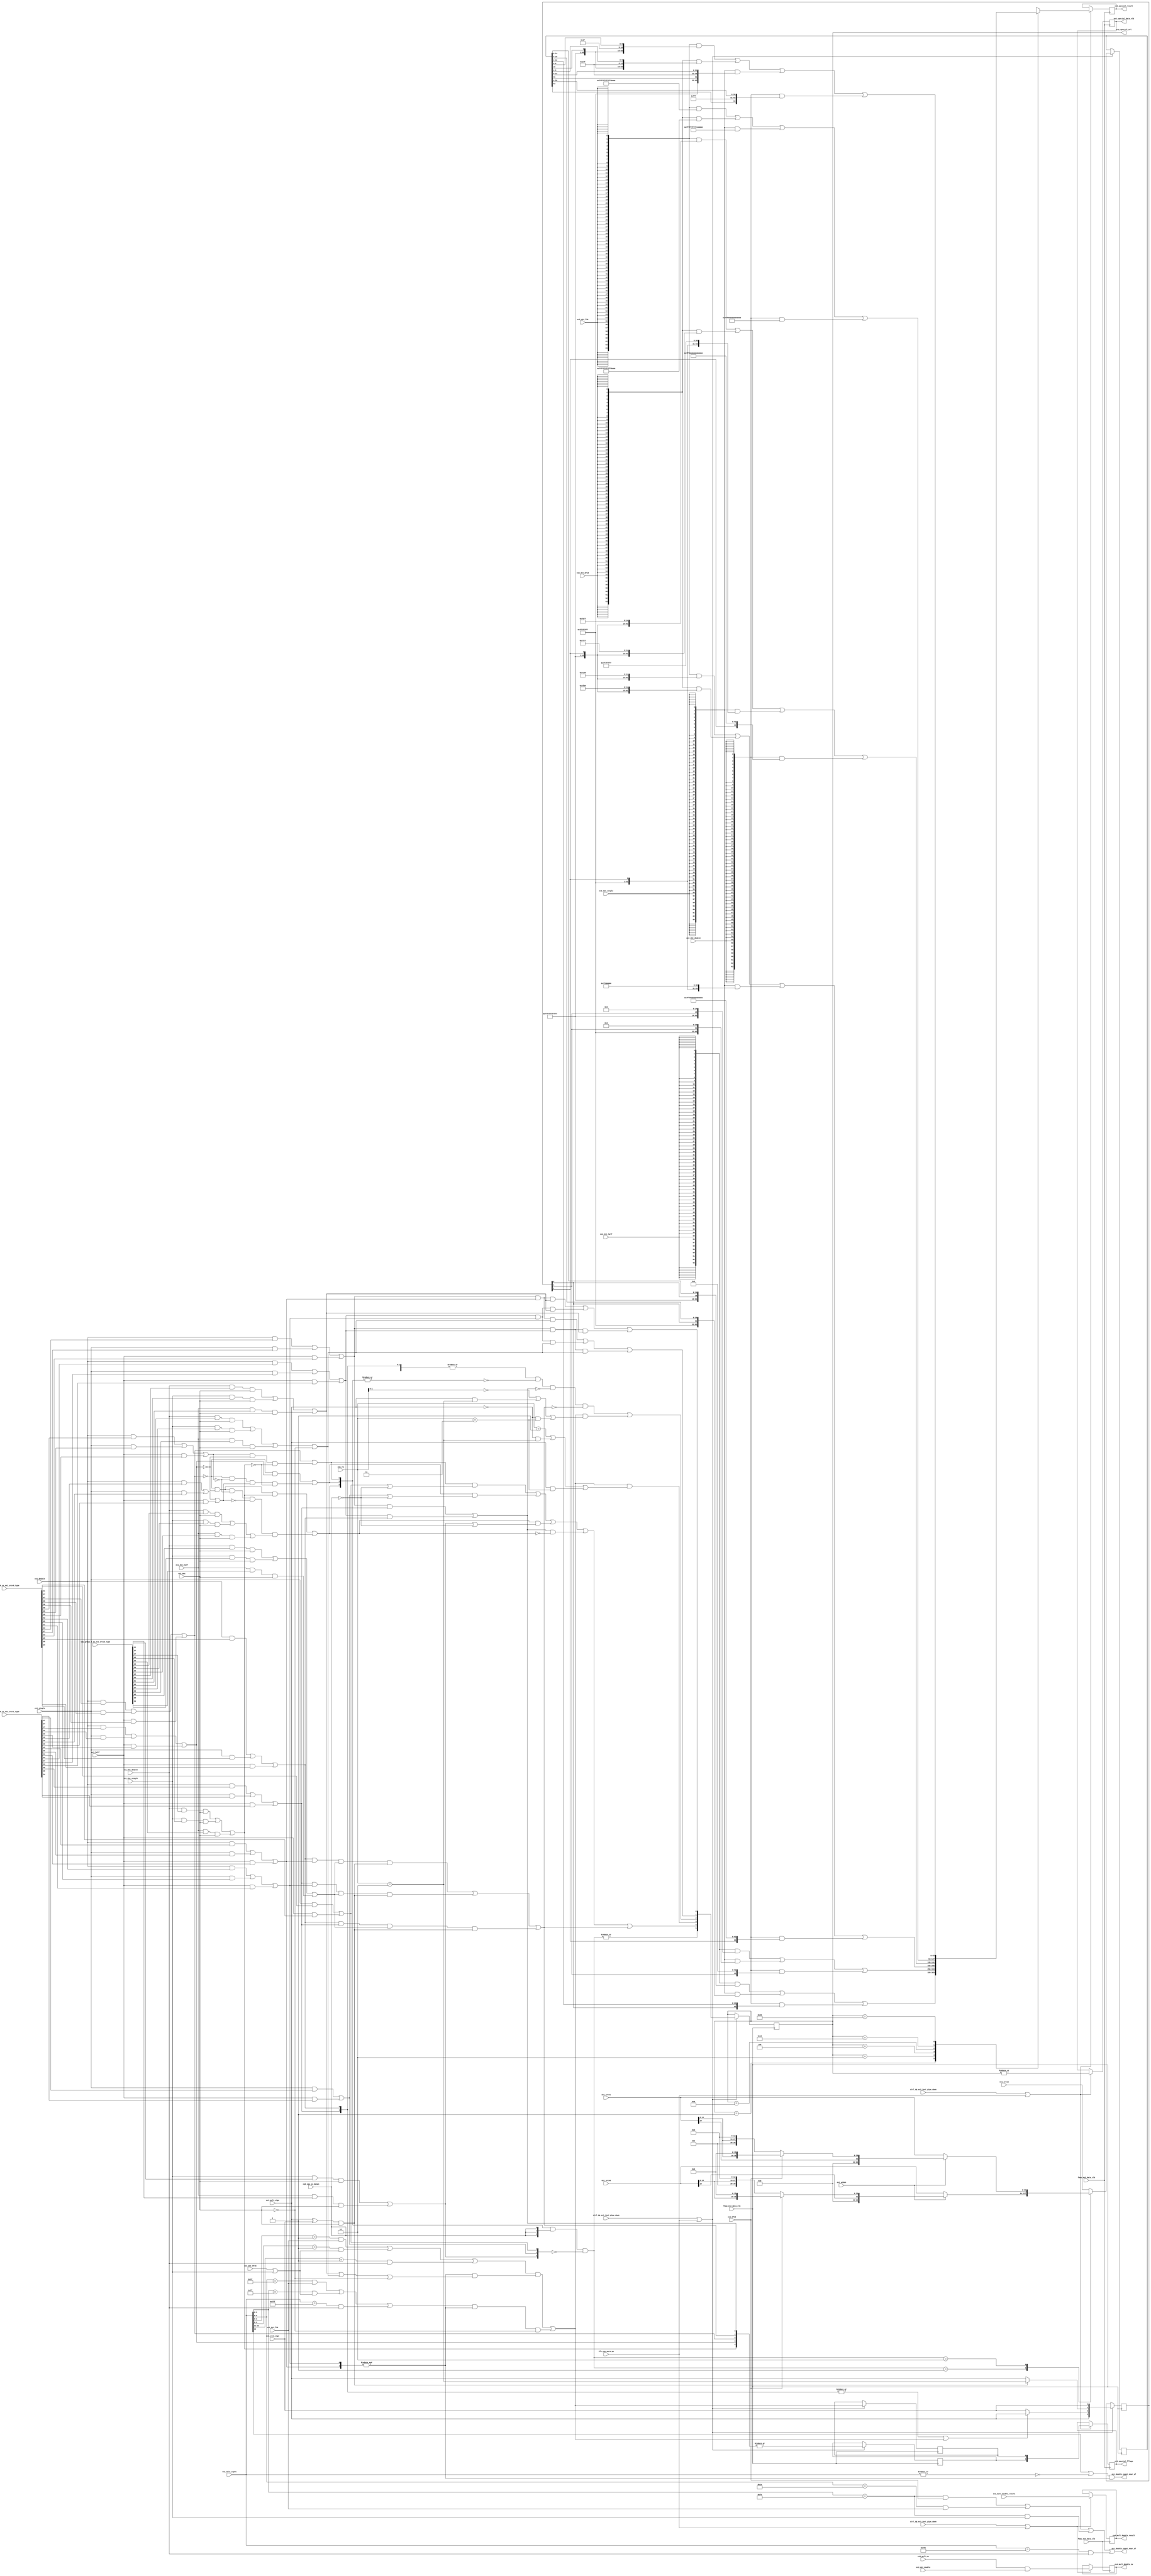
/*Copyright 2020-2021 T-Head Semiconductor Co., Ltd.

Licensed under the Apache License, Version 2.0 (the "License");
you may not use this file except in compliance with the License.
You may obtain a copy of the License at

    http://www.apache.org/licenses/LICENSE-2.0

Unless required by applicable law or agreed to in writing, software
distributed under the License is distributed on an "AS IS" BASIS,
WITHOUT WARRANTIES OR CONDITIONS OF ANY KIND, either express or implied.
See the License for the specific language governing permissions and
limitations under the License.
*/
module aq_vfmau_special_judge_double(
  cp0_vpu_xx_dqnan,
  ctrl_dp_ex1_inst_pipe_down,
  ctrl_dp_ex2_inst_pipe_down,
  ctrl_dp_ex3_inst_pipe_down,
  ex1_bf16,
  ex1_double,
  ex1_double_expnt_near_of,
  ex1_double_expnt_near_uf,
  ex1_dst_bf16,
  ex1_dst_double,
  ex1_dst_f16,
  ex1_dst_half,
  ex1_dst_single,
  ex1_half,
  ex1_mac,
  ex1_mult_expnt,
  ex1_mult_sign,
  ex1_rm,
  ex1_single,
  ex1_src2_sign,
  ex1_srcv0,
  ex1_srcv1,
  ex1_srcv2,
  ex1_widen,
  ex2_dst_bf16,
  ex2_dst_double,
  ex2_dst_f16,
  ex2_dst_half,
  ex2_dst_single,
  ex2_special_sel,
  ex3_dst_double,
  ex3_mult_double_result,
  ex3_mult_nx,
  ex3_special_data_vld,
  ex3_special_fflags,
  ex3_special_result,
  ex4_mult_double_nx,
  ex4_mult_double_result,
  fmau_ex2_data_clk,
  fmau_ex3_data_clk,
  fmau_ex4_data_clk,
  ifu_vpu_warm_up,
  vpu_group_0_xx_ex1_srcv0_type,
  vpu_group_0_xx_ex1_srcv1_type,
  vpu_group_0_xx_ex1_srcv2_type
);

// &Ports; @28
input           cp0_vpu_xx_dqnan;             
input           ctrl_dp_ex1_inst_pipe_down;   
input           ctrl_dp_ex2_inst_pipe_down;   
input           ctrl_dp_ex3_inst_pipe_down;   
input           ex1_bf16;                     
input           ex1_double;                   
input           ex1_dst_bf16;                 
input           ex1_dst_double;               
input           ex1_dst_f16;                  
input           ex1_dst_half;                 
input           ex1_dst_single;               
input           ex1_half;                     
input           ex1_mac;                      
input   [12:0]  ex1_mult_expnt;               
input           ex1_mult_sign;                
input   [2 :0]  ex1_rm;                       
input           ex1_single;                   
input           ex1_src2_sign;                
input   [63:0]  ex1_srcv0;                    
input   [63:0]  ex1_srcv1;                    
input   [63:0]  ex1_srcv2;                    
input           ex1_widen;                    
input           ex2_dst_bf16;                 
input           ex2_dst_double;               
input           ex2_dst_f16;                  
input           ex2_dst_half;                 
input           ex2_dst_single;               
input           ex3_dst_double;               
input   [63:0]  ex3_mult_double_result;       
input           ex3_mult_nx;                  
input           fmau_ex2_data_clk;            
input           fmau_ex3_data_clk;            
input           fmau_ex4_data_clk;            
input           ifu_vpu_warm_up;              
input   [47:0]  vpu_group_0_xx_ex1_srcv0_type; 
input   [47:0]  vpu_group_0_xx_ex1_srcv1_type; 
input   [47:0]  vpu_group_0_xx_ex1_srcv2_type; 
output          ex1_double_expnt_near_of;     
output          ex1_double_expnt_near_uf;     
output  [5 :0]  ex2_special_sel;              
output          ex3_special_data_vld;         
output  [1 :0]  ex3_special_fflags;           
output  [63:0]  ex3_special_result;           
output          ex4_mult_double_nx;           
output  [63:0]  ex4_mult_double_result;       

// &Regs; @29
reg     [63:0]  ex1_special_data;             
reg             ex2_fmau_nv;                  
reg             ex2_fmau_of;                  
reg     [63:0]  ex2_special_data;             
reg     [63:0]  ex2_special_result;           
reg     [5 :0]  ex2_special_sel;              
reg     [3 :0]  ex2_special_sign;             
reg             ex3_special_data_vld;         
reg     [1 :0]  ex3_special_fflags;           
reg     [63:0]  ex3_special_result;           
reg             ex4_mult_double_nx;           
reg     [63:0]  ex4_mult_double_result;       

// &Wires; @30
wire            cp0_vpu_xx_dqnan;             
wire            ctrl_dp_ex1_inst_pipe_down;   
wire            ctrl_dp_ex2_inst_pipe_down;   
wire            ctrl_dp_ex3_inst_pipe_down;   
wire            ex1_bf16;                     
wire    [2 :0]  ex1_cnan;                     
wire            ex1_double;                   
wire            ex1_double_expnt_near_of;     
wire            ex1_double_expnt_near_uf;     
wire            ex1_dst_bf16;                 
wire            ex1_dst_double;               
wire            ex1_dst_f16;                  
wire            ex1_dst_half;                 
wire            ex1_dst_single;               
wire            ex1_expnt_11bit;              
wire            ex1_expnt_11bit_of0;          
wire            ex1_expnt_11bit_of1;          
wire            ex1_expnt_5bit;               
wire            ex1_expnt_5bit_of0;           
wire            ex1_expnt_5bit_of1;           
wire            ex1_expnt_8bit;               
wire            ex1_expnt_8bit_of0;           
wire            ex1_expnt_8bit_of1;           
wire            ex1_fmau_inf_sign;            
wire            ex1_fmau_lfn_sign;            
wire            ex1_fmau_nv;                  
wire            ex1_fmau_of;                  
wire            ex1_fmau_result_cnan;         
wire            ex1_fmau_result_inf;          
wire            ex1_fmau_result_lfn;          
wire    [2 :0]  ex1_fmau_result_qnan;         
wire            ex1_fmau_result_src2;         
wire            ex1_fmau_result_zero;         
wire            ex1_fmau_src2_sign;           
wire            ex1_fmau_zero_sign;           
wire            ex1_half;                     
wire    [2 :0]  ex1_inf;                      
wire            ex1_mac;                      
wire    [12:0]  ex1_mult_expnt;               
wire            ex1_mult_sign;                
wire    [2 :0]  ex1_norm;                     
wire    [2 :0]  ex1_nv;                       
wire    [2 :0]  ex1_qnan;                     
wire    [2 :0]  ex1_result_qnan;              
wire            ex1_result_zero;              
wire    [2 :0]  ex1_rm;                       
wire            ex1_single;                   
wire            ex1_single0;                  
wire            ex1_single1;                  
wire    [2 :0]  ex1_snan;                     
wire    [5 :0]  ex1_special_sel;              
wire    [3 :0]  ex1_special_sign;             
wire            ex1_src2_sign;                
wire    [63:0]  ex1_srcv0;                    
wire    [47:0]  ex1_srcv0_type;               
wire    [63:0]  ex1_srcv1;                    
wire    [47:0]  ex1_srcv1_type;               
wire    [63:0]  ex1_srcv2;                    
wire    [47:0]  ex1_srcv2_type;               
wire            ex1_sub_vld;                  
wire            ex1_widen;                    
wire    [63:0]  ex1_widen_srcv0;              
wire    [63:0]  ex1_widen_srcv1;              
wire    [2 :0]  ex1_zero;                     
wire            ex2_dst_bf16;                 
wire            ex2_dst_double;               
wire            ex2_dst_f16;                  
wire            ex2_dst_half;                 
wire            ex2_dst_single;               
wire            ex2_special_data_vld;         
wire            ex3_dst_double;               
wire    [63:0]  ex3_mult_double_result;       
wire            ex3_mult_nx;                  
wire            fmau_ex2_data_clk;            
wire            fmau_ex3_data_clk;            
wire            fmau_ex4_data_clk;            
wire            ifu_vpu_warm_up;              
wire    [47:0]  vpu_group_0_xx_ex1_srcv0_type; 
wire    [47:0]  vpu_group_0_xx_ex1_srcv1_type; 
wire    [47:0]  vpu_group_0_xx_ex1_srcv2_type; 


parameter DOUBLE_WIDTH= 64;
parameter DOUBLE_FRAC = 52;
parameter DOUBLE_EXPN = 11;
parameter ADD_D_WIDTH = 111;

parameter SINGLE_WIDTH= 32;
parameter SINGLE_FRAC = 23;
parameter SINGLE_EXPN =  8;
parameter ADD_S_WIDTH = 53;

parameter HALF_WIDTH  = 16;
parameter HALF_FRAC   = 10;
parameter HALF_EXPN   =  5;

parameter BF16_WIDTH  = 16;
parameter BF16_FRAC   =  7;
parameter BF16_EXPN   =  8;

parameter TYPE_WIDTH   = 48;
parameter DOUBLE_SNAN  = 47;
parameter DOUBLE_QNAN  = 46;
parameter DOUBLE_INF   = 45;
parameter DOUBLE_ZERO  = 44;
parameter DOUBLE_ID    = 43;
parameter DOUBLE_NORM  = 42;
parameter SINGLE0_CNAN = 41;
parameter SINGLE0_SNAN = 40;
parameter SINGLE0_QNAN = 39;
parameter SINGLE0_INF  = 38;
parameter SINGLE0_ZERO = 37;
parameter SINGLE0_ID   = 36;
parameter SINGLE0_NORM = 35;
parameter SINGLE1_CNAN = 34;
parameter SINGLE1_SNAN = 33;
parameter SINGLE1_QNAN = 32;
parameter SINGLE1_INF  = 31;
parameter SINGLE1_ZERO = 30;
parameter SINGLE1_ID   = 29;
parameter SINGLE1_NORM = 28;
parameter HALF0_CNAN   = 27;
parameter HALF0_SNAN   = 26;
parameter HALF0_QNAN   = 25;
parameter HALF0_INF    = 24;
parameter HALF0_ZERO   = 23;
parameter HALF0_ID     = 22;
parameter HALF0_NORM   = 21;
parameter HALF1_CNAN   = 20;
parameter HALF1_SNAN   = 19;
parameter HALF1_QNAN   = 18;
parameter HALF1_INF    = 17;
parameter HALF1_ZERO   = 16;
parameter HALF1_ID     = 15;
parameter HALF1_NORM   = 14;
parameter HALF2_CNAN   = 13;
parameter HALF2_SNAN   = 12;
parameter HALF2_QNAN   = 11;
parameter HALF2_INF    = 10;
parameter HALF2_ZERO   = 9;
parameter HALF2_ID     = 8;
parameter HALF2_NORM   = 7;
parameter HALF3_CNAN   = 6;
parameter HALF3_SNAN   = 5;
parameter HALF3_QNAN   = 4;
parameter HALF3_INF    = 3;
parameter HALF3_ZERO   = 2;
parameter HALF3_ID     = 1;
parameter HALF3_NORM   = 0;

// &Force("bus","vpu_group_0_xx_ex2_srcv2",`VEC_WIDTH-1,0); @100

//==========================================================
//                     EX1 special judge
//==========================================================
assign ex1_srcv0_type[TYPE_WIDTH-1:0] = vpu_group_0_xx_ex1_srcv0_type[TYPE_WIDTH-1:0];
assign ex1_srcv1_type[TYPE_WIDTH-1:0] = vpu_group_0_xx_ex1_srcv1_type[TYPE_WIDTH-1:0];
assign ex1_srcv2_type[TYPE_WIDTH-1:0] = vpu_group_0_xx_ex1_srcv2_type[TYPE_WIDTH-1:0];

assign ex1_single0 = ex1_single;
assign ex1_single1 = 1'b0;

//cnan
assign ex1_cnan[2]   = ex1_dst_single && ex1_srcv2_type[SINGLE0_CNAN] && ex1_mac
                    || ex1_dst_half   && ex1_srcv2_type[HALF0_CNAN]   && ex1_mac;
assign ex1_cnan[1]   = ex1_single0    && ex1_srcv1_type[SINGLE0_CNAN]
                    || ex1_single1    && ex1_srcv1_type[SINGLE1_CNAN]
                    || ex1_half       && ex1_srcv1_type[HALF0_CNAN];
assign ex1_cnan[0]   = ex1_single0    && ex1_srcv0_type[SINGLE0_CNAN]
                    || ex1_single1    && ex1_srcv0_type[SINGLE1_CNAN]
                    || ex1_half       && ex1_srcv0_type[HALF0_CNAN];
//snan
assign ex1_snan[2]   = ex1_dst_double && ex1_srcv2_type[DOUBLE_SNAN]  && ex1_mac
                    || ex1_dst_single && ex1_srcv2_type[SINGLE0_SNAN] && ex1_mac
                    || ex1_dst_half   && ex1_srcv2_type[HALF0_SNAN]   && ex1_mac;
assign ex1_snan[1]   = ex1_double     && ex1_srcv1_type[DOUBLE_SNAN]
                    || ex1_single0    && ex1_srcv1_type[SINGLE0_SNAN]
                    || ex1_single1    && ex1_srcv1_type[SINGLE1_SNAN]
                    || ex1_half       && ex1_srcv1_type[HALF0_SNAN];
assign ex1_snan[0]   = ex1_double     && ex1_srcv0_type[DOUBLE_SNAN]
                    || ex1_single0    && ex1_srcv0_type[SINGLE0_SNAN]
                    || ex1_single1    && ex1_srcv0_type[SINGLE1_SNAN]
                    || ex1_half       && ex1_srcv0_type[HALF0_SNAN];

//qnan
assign ex1_qnan[2]   = ex1_dst_double && ex1_srcv2_type[DOUBLE_QNAN]  && ex1_mac
                    || ex1_dst_single && ex1_srcv2_type[SINGLE0_QNAN] && ex1_mac
                    || ex1_dst_half   && ex1_srcv2_type[HALF0_QNAN]   && ex1_mac;
assign ex1_qnan[1]   = ex1_double     && ex1_srcv1_type[DOUBLE_QNAN]
                    || ex1_single0    && ex1_srcv1_type[SINGLE0_QNAN]
                    || ex1_single1    && ex1_srcv1_type[SINGLE1_QNAN]
                    || ex1_half       && ex1_srcv1_type[HALF0_QNAN];
assign ex1_qnan[0]   = ex1_double     && ex1_srcv0_type[DOUBLE_QNAN]
                    || ex1_single0    && ex1_srcv0_type[SINGLE0_QNAN]
                    || ex1_single1    && ex1_srcv0_type[SINGLE1_QNAN]
                    || ex1_half       && ex1_srcv0_type[HALF0_QNAN];

//norm
assign ex1_norm[2]   = ex1_dst_double && ex1_srcv2_type[DOUBLE_NORM]  && ex1_mac
                    || ex1_dst_single && ex1_srcv2_type[SINGLE0_NORM] && ex1_mac
                    || ex1_dst_half   && ex1_srcv2_type[HALF0_NORM]   && ex1_mac;
assign ex1_norm[1]   = ex1_double     && ex1_srcv1_type[DOUBLE_NORM]
                    || ex1_single0    && ex1_srcv1_type[SINGLE0_NORM]
                    || ex1_single1    && ex1_srcv1_type[SINGLE1_NORM]
                    || ex1_half       && ex1_srcv1_type[HALF0_NORM];
assign ex1_norm[0]   = ex1_double     && ex1_srcv0_type[DOUBLE_NORM]
                    || ex1_single0    && ex1_srcv0_type[SINGLE0_NORM]
                    || ex1_single1    && ex1_srcv0_type[SINGLE1_NORM]
                    || ex1_half       && ex1_srcv0_type[HALF0_NORM];                    

//zero
assign ex1_zero[2]   = ex1_dst_double && ex1_srcv2_type[DOUBLE_ZERO]  && ex1_mac
                    || ex1_dst_single && ex1_srcv2_type[SINGLE0_ZERO] && ex1_mac
                    || ex1_dst_half   && ex1_srcv2_type[HALF0_ZERO]   && ex1_mac
                    || !ex1_mac;
assign ex1_zero[1]   = ex1_double     && ex1_srcv1_type[DOUBLE_ZERO]
                    || ex1_single0    && ex1_srcv1_type[SINGLE0_ZERO]
                    || ex1_single1    && ex1_srcv1_type[SINGLE1_ZERO]
                    || ex1_half       && ex1_srcv1_type[HALF0_ZERO];
assign ex1_zero[0]   = ex1_double     && ex1_srcv0_type[DOUBLE_ZERO]
                    || ex1_single0    && ex1_srcv0_type[SINGLE0_ZERO]
                    || ex1_single1    && ex1_srcv0_type[SINGLE1_ZERO]
                    || ex1_half       && ex1_srcv0_type[HALF0_ZERO];

//inf
assign ex1_inf[2]    = ex1_dst_double && ex1_srcv2_type[DOUBLE_INF]  && ex1_mac
                    || ex1_dst_single && ex1_srcv2_type[SINGLE0_INF] && ex1_mac
                    || ex1_dst_half   && ex1_srcv2_type[HALF0_INF]   && ex1_mac;
assign ex1_inf[1]    = ex1_double     && ex1_srcv1_type[DOUBLE_INF]
                    || ex1_single0    && ex1_srcv1_type[SINGLE0_INF]
                    || ex1_single1    && ex1_srcv1_type[SINGLE1_INF]
                    || ex1_half       && ex1_srcv1_type[HALF0_INF];
assign ex1_inf[0]    = ex1_double     && ex1_srcv0_type[DOUBLE_INF]
                    || ex1_single0    && ex1_srcv0_type[SINGLE0_INF]
                    || ex1_single1    && ex1_srcv0_type[SINGLE1_INF]
                    || ex1_half       && ex1_srcv0_type[HALF0_INF];

                    
//potnt uf/of signal
assign ex1_double_expnt_near_uf = (ex1_mult_expnt[DOUBLE_EXPN+1]  //<-127/-1023
                                   || ! (|ex1_mult_expnt[DOUBLE_EXPN+1:0])) //=-127/-1023
                               && (&ex1_norm[1:0]);

assign ex1_double_expnt_near_of = (ex1_mult_expnt[9 :0]==10'b00_1111_1110)     && ex1_bf16        //126
                               || (ex1_mult_expnt[6 :0]==7'b00_1_1110)         && ex1_dst_f16     //14
                               || (ex1_mult_expnt[9 :0]==10'b00_1111_1110)     && ex1_dst_single  //126
                               || (ex1_mult_expnt[12:0]==13'b00_111_1111_1110) && ex1_dst_double; //1022                    
//Invalid Operation
//BIT0 : sNaN
//BIT1 : INF*0
//BIT3 : INF-INF
assign ex1_nv[0] = |ex1_snan[2:0];   //sNan

assign ex1_nv[1] = (ex1_zero[0] && ex1_inf[1]) //0*inf
                || (ex1_zero[1] && ex1_inf[0]);//inf*0
 
assign ex1_nv[2] = (ex1_inf[0]  && ex1_norm[1] && ex1_inf[2] && ex1_sub_vld)  //inf*F -inf 
                || (ex1_inf[1]  && ex1_norm[0] && ex1_inf[2] && ex1_sub_vld)  //inf*F -inf 
                || (ex1_inf[0]  && ex1_inf[1]  && ex1_inf[2] && ex1_sub_vld); //inf*inf -inf

assign ex1_fmau_nv = |ex1_nv[2:0];

//Overflow
assign ex1_expnt_5bit      = ex1_dst_f16;
assign ex1_expnt_8bit      = ex1_dst_bf16 || ex1_dst_single;
assign ex1_expnt_11bit     = ex1_dst_double;

//of0: expnt>15/127/1023
//of1: expnt== 15/127/1013 && !mac
assign ex1_expnt_5bit_of0  = ex1_mult_expnt[6:5] == 2'b01; 
assign ex1_expnt_5bit_of1  = ex1_mult_expnt[6:0] == 7'b001_1111;
assign ex1_expnt_8bit_of0  = ex1_mult_expnt[9:8] == 2'b01;
assign ex1_expnt_8bit_of1  = ex1_mult_expnt[9:0] == 10'b00_1111_1111;
assign ex1_expnt_11bit_of0 = ex1_mult_expnt[12:11] == 2'b01;
assign ex1_expnt_11bit_of1 = ex1_mult_expnt[12:0] == 13'b00_111_1111_1111;

assign ex1_fmau_of         = (ex1_expnt_5bit_of0  && ex1_expnt_5bit
                              || ex1_expnt_8bit_of0  && ex1_expnt_8bit
                              || ex1_expnt_11bit_of0 && ex1_expnt_11bit)
                              && ((&ex1_norm[1:0]) && (ex1_norm[2] || ex1_zero[2] || !ex1_mac))
                           || (ex1_expnt_5bit_of1  && ex1_expnt_5bit
                              || ex1_expnt_8bit_of1  && ex1_expnt_8bit
                              || ex1_expnt_11bit_of1 && ex1_expnt_11bit)
                              && (&ex1_norm[1:0])
                              && !ex1_mac;

//qNaN
assign ex1_result_qnan[0] = ex1_snan[0]
                         || ex1_qnan[0] && !ex1_snan[1] && !ex1_snan[2];

assign ex1_result_qnan[1] = !ex1_snan[0] && ex1_snan[1]
                         || !ex1_snan[0] &&!ex1_qnan[0] && ex1_qnan[1] && !ex1_snan[2];

assign ex1_result_qnan[2] = !ex1_snan[0] && !ex1_snan[1] &&  ex1_snan[2]
                         || !ex1_snan[0] && !ex1_snan[1] && !ex1_qnan[0] && !ex1_qnan[1] && ex1_qnan[2];

assign ex1_fmau_result_cnan = ex1_result_qnan[0] && (ex1_cnan[0] || !cp0_vpu_xx_dqnan)
                            ||ex1_result_qnan[1] && (ex1_cnan[1] || !cp0_vpu_xx_dqnan)
                            ||ex1_result_qnan[2] && (ex1_cnan[2] || !cp0_vpu_xx_dqnan)
                            ||ex1_nv[1] && !ex1_result_qnan[2]
                            ||ex1_nv[2];

assign ex1_fmau_result_qnan[2:0] = ex1_result_qnan[2:0] & {3{cp0_vpu_xx_dqnan}} & {~ex1_cnan[2:0]};

//zero
assign ex1_result_zero = ex1_zero[0] && ex1_norm[1] && ex1_zero[2]
                      || ex1_zero[1] && ex1_norm[0] && ex1_zero[2] 
                      || ex1_zero[0] && ex1_zero[1] && ex1_zero[2];

assign ex1_fmau_result_zero = ex1_result_zero;

assign ex1_sub_vld        = (ex1_mult_sign ^ ex1_src2_sign) && ex1_mac;
assign ex1_fmau_zero_sign = ex1_sub_vld ? (ex1_rm[2:0]==3'b010) : ex1_mult_sign;

//inf
assign ex1_fmau_result_inf = (|ex1_inf[2:0]) && !(|ex1_result_qnan[2:0]) && !ex1_nv[1] && !ex1_nv[2]
                             ||ex1_fmau_of && 
                             ((ex1_rm[1:0]==2'b00) 
                            || ex1_mult_sign && (ex1_rm[2:0]==3'b010)
                            ||!ex1_mult_sign && (ex1_rm[2:0]==3'b011)); 

assign ex1_fmau_inf_sign   = (|ex1_inf[1:0] || ex1_fmau_of) ? ex1_mult_sign : ex1_src2_sign;

//lfn
assign ex1_fmau_result_lfn = ex1_fmau_of && 
                             ((ex1_rm[2:0]==3'b001) 
                              ||!ex1_mult_sign && (ex1_rm[2:0]==3'b010)
                              || ex1_mult_sign && (ex1_rm[2:0]==3'b011));

assign ex1_fmau_lfn_sign = ex1_mult_sign;

//src2
assign ex1_fmau_result_src2 =  ex1_zero[0] && ex1_norm[1] && ex1_norm[2]  //zero * normal
                            || ex1_zero[1] && ex1_norm[0] && ex1_norm[2]
                            || ex1_zero[0] && ex1_zero[1] && ex1_norm[2];

assign ex1_fmau_src2_sign = ex1_src2_sign;

assign ex1_special_sel[5:0] = {|ex1_fmau_result_qnan[2:0],
                               ex1_fmau_result_cnan,
                               ex1_fmau_result_lfn,
                               ex1_fmau_result_inf,
                               ex1_fmau_result_zero,
                               ex1_fmau_result_src2};

assign ex1_special_sign[3:0] = {ex1_fmau_lfn_sign, ex1_fmau_inf_sign, ex1_fmau_zero_sign, ex1_fmau_src2_sign};


// &CombBeg; @304
// &CombEnd; @312
// &CombBeg; @314
// &CombEnd; @322
assign ex1_widen_srcv0[DOUBLE_WIDTH-1:0] = {ex1_bf16} ? {32'b0,ex1_srcv0[15:0],16'b0} : {32'b0,ex1_srcv0[15],3'b0,ex1_srcv0[14:0],13'b0};
assign ex1_widen_srcv1[DOUBLE_WIDTH-1:0] = {ex1_bf16} ? {32'b0,ex1_srcv1[15:0],16'b0} : {32'b0,ex1_srcv1[15],3'b0,ex1_srcv1[14:0],13'b0};

// &CombBeg; @328
always @( ex1_srcv2[63:0]
       or ex1_srcv1[63:0]
       or ex1_widen_srcv0[63:0]
       or ex1_srcv0[63:0]
       or ex1_fmau_result_qnan[2:0]
       or ex1_widen_srcv1[63:0]
       or ex1_widen)
begin
case(ex1_fmau_result_qnan[2:0])
  3'b001 : ex1_special_data[DOUBLE_WIDTH-1:0] = (ex1_widen) ? ex1_widen_srcv0[DOUBLE_WIDTH-1:0] : ex1_srcv0[DOUBLE_WIDTH-1:0];
  3'b010 : ex1_special_data[DOUBLE_WIDTH-1:0] = (ex1_widen) ? ex1_widen_srcv1[DOUBLE_WIDTH-1:0] : ex1_srcv1[DOUBLE_WIDTH-1:0];
  3'b100 : ex1_special_data[DOUBLE_WIDTH-1:0] = ex1_srcv2[DOUBLE_WIDTH-1:0];
  default: ex1_special_data[DOUBLE_WIDTH-1:0] = ex1_srcv2[DOUBLE_WIDTH-1:0];
endcase
// &CombEnd; @335
end
always @(posedge fmau_ex2_data_clk)
begin
 if(ctrl_dp_ex1_inst_pipe_down || ifu_vpu_warm_up) 
 begin
    ex2_special_sel[5:0]   <= ex1_special_sel[5:0];
    ex2_special_sign[3:0]  <= ex1_special_sign[3:0];
    ex2_special_data[63:0] <= ex1_special_data[63:0];
    ex2_fmau_of            <= ex1_fmau_of;
    ex2_fmau_nv            <= ex1_fmau_nv;
  end
end

//==========================================================
//                     EX2 special result
//==========================================================
// &Force("output","ex2_special_sel"); @375
// &CombBeg; @388
// &CombEnd; @414
// &Force("bus","ex3_mult_double_rnd_bit",2,0); @460
// &Force("output","ex3_special_sel"); @462
// &Force("output","ex3_special_result"); @463
// &Force("output","ex3_special_fflags"); @464
// &Force("output","ex2_special_sel"); @476
assign ex2_special_data_vld = |ex2_special_sel[5:0];

//BIT0:srcv2
//BTI1:zero
//BIT2:inf
//BIT3:lfn
//BIT4:cnan
//BIT5:qnan
//default:vm/vl                                     
// &CombBeg; @486
always @( ex2_dst_f16
       or ex2_dst_double
       or ex2_dst_bf16
       or ex2_special_sign[2:0]
       or ex2_special_sel[5:0]
       or ex2_dst_half
       or ex2_dst_single
       or ex2_special_data[63:0])
begin
case(ex2_special_sel[5:0])
  6'b000001 : ex2_special_result[63:0] = {64{ex2_dst_half  }} & {48'hffffffffffff,ex2_special_sign[0],ex2_special_data[HALF_WIDTH-2:0]}
                                       | {64{ex2_dst_single}} & {32'hffffffff,ex2_special_sign[0],ex2_special_data[SINGLE_WIDTH-2:0]}
                                       | {64{ex2_dst_double}} & {ex2_special_sign[0],ex2_special_data[DOUBLE_WIDTH-2:0]};
  6'b000010 : ex2_special_result[63:0] = {64{ex2_dst_half  }} & {48'hffffffffffff,ex2_special_sign[1],15'b0}
                                       | {64{ex2_dst_single}} & {32'hffffffff,ex2_special_sign[1],31'b0}
                                       | {64{ex2_dst_double}} & {ex2_special_sign[1],63'b0};
  6'b000100 : ex2_special_result[63:0] = {64{ex2_dst_f16   }} & {48'hffffffffffff,ex2_special_sign[2],{5{1'b1}},10'b0}
                                       | {64{ex2_dst_bf16  }} & {48'hffffffffffff,ex2_special_sign[2],{8{1'b1}},7'b0}
                                       | {64{ex2_dst_single}} & {32'hffffffff,ex2_special_sign[2],{8{1'b1}},23'b0}
                                       | {64{ex2_dst_double}} & {ex2_special_sign[2],{11{1'b1}},52'b0};
  6'b001000 : ex2_special_result[63:0] = {64{ex2_dst_f16   }} & {48'hffffffffffff,ex2_special_sign[2],{4{1'b1}},1'b0,{10{1'b1}}}
                                       | {64{ex2_dst_bf16  }} & {48'hffffffffffff,ex2_special_sign[2],{7{1'b1}},1'b0,{7{1'b1}}}
                                       | {64{ex2_dst_single}} & {32'hffffffff,ex2_special_sign[2],{7{1'b1}},1'b0,{23{1'b1}}}
                                       | {64{ex2_dst_double}} & {ex2_special_sign[2],{10{1'b1}},1'b0,{52{1'b1}}};
  6'b010000 : ex2_special_result[63:0] = {64{ex2_dst_f16   }} & {48'hffffffffffff,1'b0,{5{1'b1}},1'b1,{9{1'b0}}}
                                       | {64{ex2_dst_bf16  }} & {48'hffffffffffff,1'b0,{8{1'b1}},1'b1,{6{1'b0}}}
                                       | {64{ex2_dst_single}} & {32'hffffffff,1'b0,{8{1'b1}},1'b1,{22{1'b0}}}
                                       | {64{ex2_dst_double}} & {1'b0,{11{1'b1}},1'b1,{51'b0}};
  6'b100000 : ex2_special_result[63:0] = {64{ex2_dst_f16   }} & {48'hffffffffffff,ex2_special_data[15],{5{1'b1}},1'b1,ex2_special_data[8:0]}
                                       | {64{ex2_dst_bf16  }} & {48'hffffffffffff,ex2_special_data[15],{8{1'b1}},1'b1,ex2_special_data[5:0]}
                                       | {64{ex2_dst_single}} & {32'hffffffff,ex2_special_data[31],{8{1'b1}},1'b1,ex2_special_data[21:0]}
                                       | {64{ex2_dst_double}} & {ex2_special_data[63],{11{1'b1}},1'b1,ex2_special_data[50:0]};
  default   : ex2_special_result[63:0] = {64{1'bx}};
endcase                                            
// &CombEnd; @512
end

always @(posedge fmau_ex3_data_clk)
begin
 if(ctrl_dp_ex2_inst_pipe_down || ifu_vpu_warm_up) 
 begin
    ex3_special_data_vld     <= ex2_special_data_vld;
    ex3_special_result[63:0] <= ex2_special_result[63:0];
    ex3_special_fflags[1:0]  <= {ex2_fmau_nv,ex2_fmau_of};
  end
end

// &Force("output","ex3_special_data_vld"); @524
// &Force("output","ex3_special_result"); @525
// &Force("output","ex3_special_fflags"); @526

always @(posedge fmau_ex4_data_clk)
begin
 if(ctrl_dp_ex3_inst_pipe_down || ifu_vpu_warm_up) 
 begin
    ex4_mult_double_result[63:0] <= ex3_mult_double_result[63:0];
    ex4_mult_double_nx           <= ex3_mult_nx & ex3_dst_double;
  end
end

//==========================================================
//                      ASSERTION
//==========================================================
// &Force("nonport","flag"); @551
// &Force("nonport","clk"); @552
// &Force("nonport","rst"); @553

// &ModuleEnd; @572
endmodule